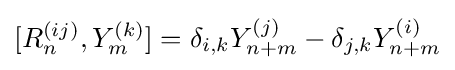
[R_{n}^{(ij)},Y_{m}^{(k)}]=\delta _{i,k}Y_{n+m}^{(j)}-\delta _{j,k}Y_{n+m}^{(i)}